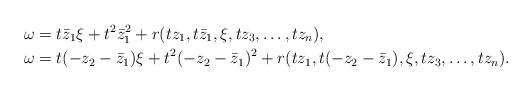
LaTeX: \begin{align*}\omega & = t \bar{z}_1 \xi+ t^2 \bar{z}_1^2+ r(tz_1,t\bar{z}_1,\xi,tz_3,\ldots,tz_n) , \\\omega & = t (-z_2-\bar{z}_1) \xi+ t^2 (-z_2-\bar{z}_1)^2+ r(tz_1,t(-z_2-\bar{z}_1),\xi,t z_3,\ldots, t z_n) .\end{align*}